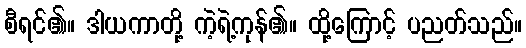
စီရင်၏။ ဒါယကာတို့ ကဲ့ရဲ့ကုန်၏။ ထို့ကြောင့် ပညတ်သည်။